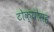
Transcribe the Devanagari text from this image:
टोक्योसह